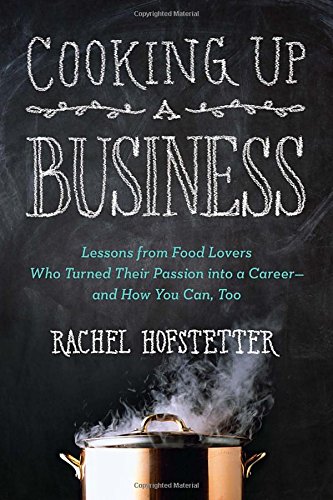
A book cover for Cooking Up a Business: Lessons from Food Lovers Who Turned Their Passion into a Career -- and How You C an, Too; Rachel Hofstetter; Cookbooks, Food & Wine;